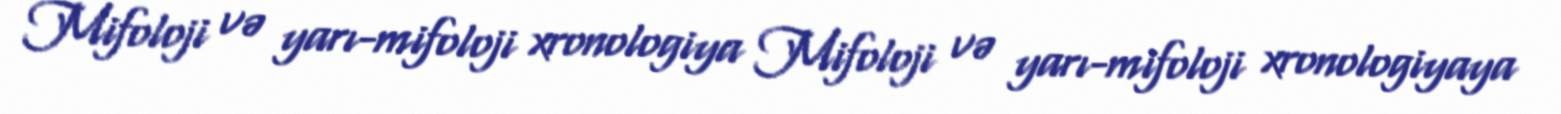
Mifoloji və yarı-mifoloji xronologiya Mifoloji və yarı-mifoloji xronologiyaya